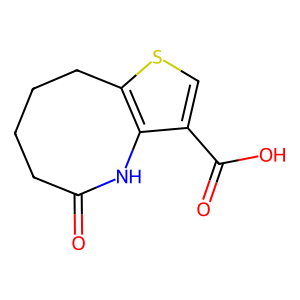
SMILES: O=C1CCCCc2scc(C(=O)O)c2N1
Inhibits HIV replication: No